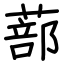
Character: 蔀